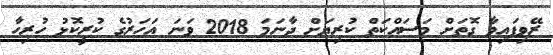
ރޭވިފައިވާ ގޮތަށް މަސައްކަތް ކުރިޔަށް ދާނަމަ 2018 ވަނަ އަހަރުގެ ކުރީކޮޅު ހުރިހާ